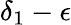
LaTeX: \delta_{1}-\epsilon